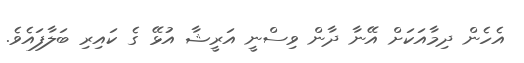
އެހެން ދިމާއަކަށް އޭނާ ދާން ވިސްނީ އަރީޝާ އުޅޭ ގެ ކައިރި ބަލާފައެވެ.